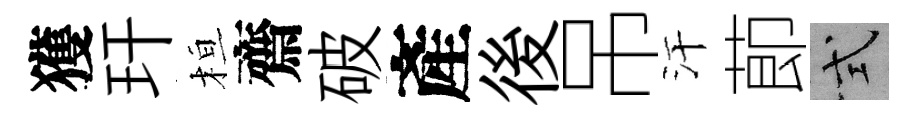
獲玕桓齋破產後吊汗莭式